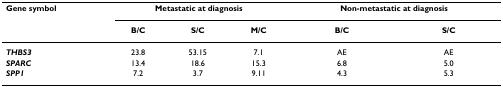
<table><thead><tr><td><b>Gene symbol</b></td><td colspan="3"><b>Metastatic at diagnosis</b></td><td colspan="2"><b>Non-metastatic at diagnosis</b></td></tr><tr><td></td><td><b>B/C</b></td><td><b>S/C</b></td><td><b>M/C</b></td><td><b>B/C</b></td><td><b>S/C</b></td></tr></thead><tbody><tr><td><b><i>THBS3</i></b></td><td>23.8</td><td>53.15</td><td>7.1</td><td>AE</td><td>AE</td></tr><tr><td><b><i>SPARC</i></b></td><td>13.4</td><td>18.6</td><td>15.3</td><td>6.8</td><td>5.0</td></tr><tr><td><b><i>SPP1</i></b></td><td>7.2</td><td>3.7</td><td>9.11</td><td>4.3</td><td>5.3</td></tr></tbody></table>